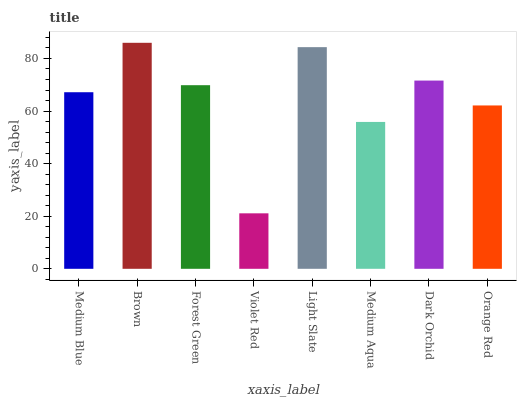
| xaxis_label | bars |
 | --- | --- |
 | Medium Blue | 67.2 |
 | Brown | 86 |
 | Forest Green | 69.8 |
 | Violet Red | 21.1 |
 | Light Slate | 84.3 |
 | Medium Aqua | 55.9 |
 | Dark Orchid | 71.6 |
 | Orange Red | 62.1 |